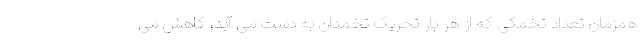
همزمان تعداد تخمکی که از هر بار تحریک تخمدان به دست می آید، کاهش می